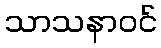
သာသနာဝင်